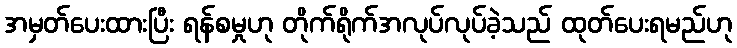
အမှတ်ပေးထားပြီး ရန်စမှုဟု တိုက်ရိုက်အလုပ်လုပ်ခဲ့သည် ထုတ်ပေးရမည်ဟု